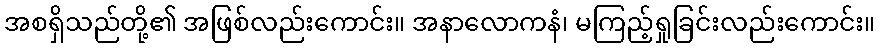
အစရှိသည်တို့၏ အဖြစ်လည်းကောင်း။ အနာလောကနံ၊ မကြည့်ရှုခြင်းလည်းကောင်း။